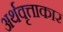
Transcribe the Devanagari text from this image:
अर्थवृत्ताकार